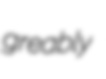
greably